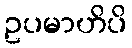
ဥပမာဟိပိ